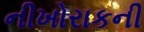
નીખોરાકની